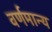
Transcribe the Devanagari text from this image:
वर्णमान्य